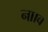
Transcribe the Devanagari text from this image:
नााव